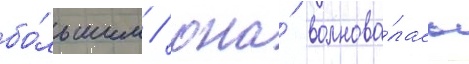
бо́льшим / она́ волнова́лась